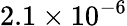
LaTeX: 2.1\times 10^{-6}